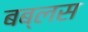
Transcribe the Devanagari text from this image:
बब्लस